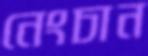
নেংচান